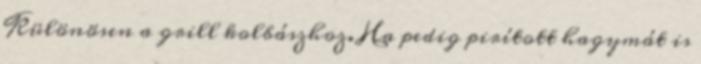
Különösen a grill kolbászhoz. Ha pedig pirított hagymát is